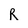
Character: R